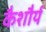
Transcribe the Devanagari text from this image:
कैशौर्य